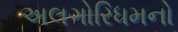
અલગોરિધમનો